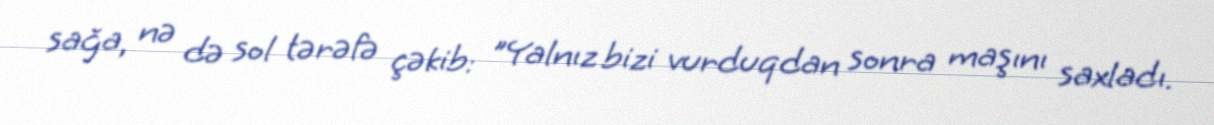
sağa, nə də sol tərəfə çəkib: "Yalnız bizi vurduqdan sonra maşını saxladı.